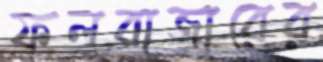
ফলবাজারের